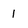
Character: 1